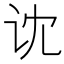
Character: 𰵒